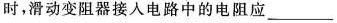
时，滑动变阻器接人电路中的电阻应___(填”变大””变小”或”不变”)。